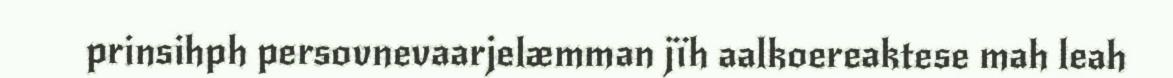
prinsihph persovnevaarjelæmman jïh aalkoereaktese mah leah